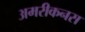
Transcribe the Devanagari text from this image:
अमरीकनस